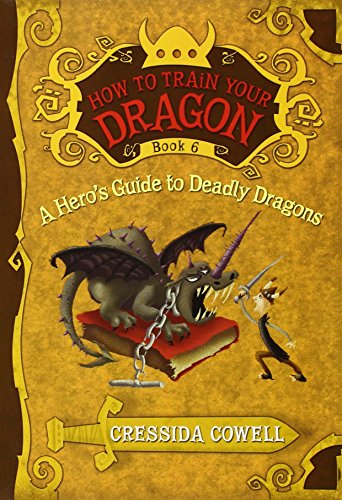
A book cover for A Hero's Guide to Deadly Dragons (How to Train Your Dragon, Book 6); Cressida Cowell; Children's Books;